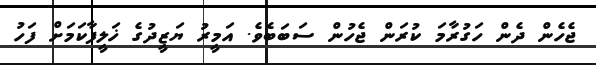
ޖެހެން ދެން ހަގުރާމަ ކުރަން ޖެހުން ސަބަބެވެ. އަމީރު ޔަޒީދުގެ ޚަލީފާކަމަށް ފަހު